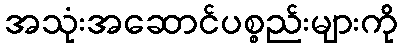
အသုံးအဆောင်ပစ္စည်းများကို